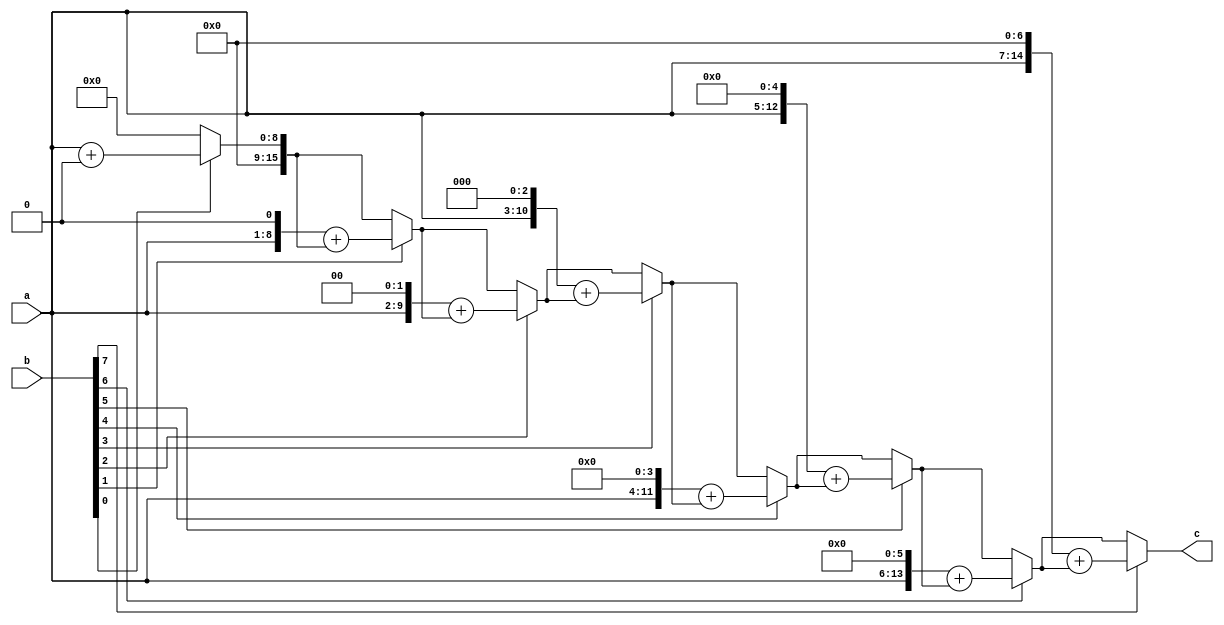
module mul8(a, b, c);
input [7:0] a, b;
output  reg [15:0] c;
reg [15:0] t;
integer k;
always @(a or b) begin
    t = a;
    c = 0;
    for (k=0 ; k<8; k=k+1) begin
        if(b[k])
            c = t + c;
        t = t << 1;
    end
end
endmodule